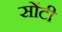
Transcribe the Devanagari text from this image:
सोंटी